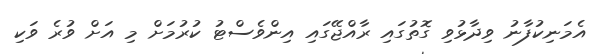
އެމަނިކުފާނު ވިދާޅުވި ގޮތުގައި ރާއްޖޭގައި އިންވެސްޓު ކުރުމަށް މި އަށް ވުރެ ވަކި